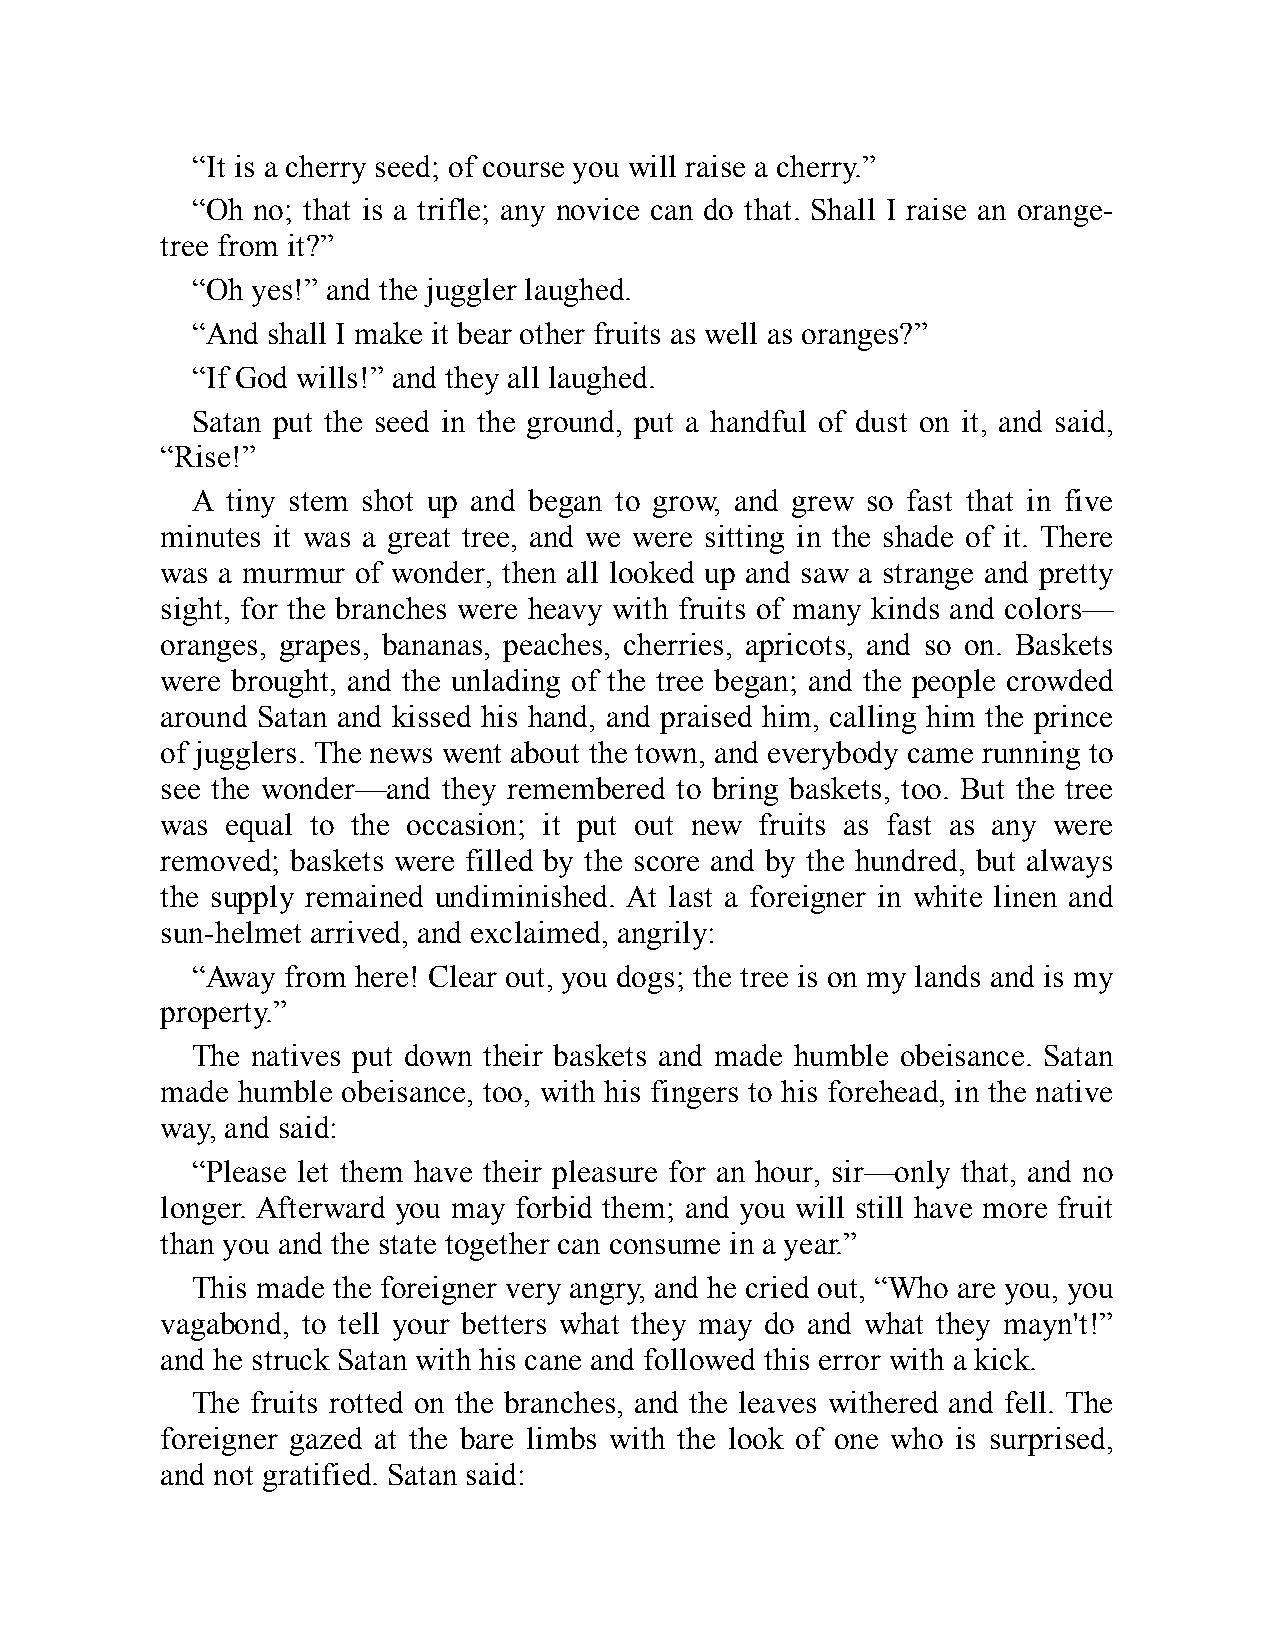
“It is a cherry seed; of course you will raise a cherry.”
 “Oh no; that is a trifle; any novice can do that. Shall I raise an orange-
 tree from it?”
 “Oh yes!” and the juggler laughed.
 “And shall I make it bear other fruits as well as oranges?”
 “If God wills!” and they all laughed.
 Satan put the seed in the ground, put a handful of dust on it, and said,
 “Rise!”
 A tiny stem shot up and began to grow, and grew so fast that in five
 minutes it was a great tree, and we were sitting in the shade of it. There
 was a murmur of wonder, then all looked up and saw a strange and pretty
 sight, for the branches were heavy with fruits of many kinds and colors—
 oranges, grapes, bananas, peaches, cherries, apricots, and so on. Baskets
 were brought, and the unlading of the tree began; and the people crowded
 around Satan and kissed his hand, and praised him, calling him the prince
 of jugglers. The news went about the town, and everybody came running to
 see the wonder—and they remembered to bring baskets, too. But the tree
 was equal to the occasion; it put out new fruits as fast as any were
 removed; baskets were filled by the score and by the hundred, but always
 the supply remained undiminished. At last a foreigner in white linen and
 sun-helmet arrived, and exclaimed, angrily:
 “Away from here! Clear out, you dogs; the tree is on my lands and is my
 property.”
 The natives put down their baskets and made humble obeisance. Satan
 made humble obeisance, too, with his fingers to his forehead, in the native
 way, and said:
 “Please let them have their pleasure for an hour, sir—only that, and no
 longer. Afterward you may forbid them; and you will still have more fruit
 than you and the state together can consume in a year.”
 This made the foreigner very angry, and he cried out, “Who are you, you
 vagabond, to tell your betters what they may do and what they mayn't!”
 and he struck Satan with his cane and followed this error with a kick.
 The fruits rotted on the branches, and the leaves withered and fell. The
 foreigner gazed at the bare limbs with the look of one who is surprised,
 and not gratified. Satan said: